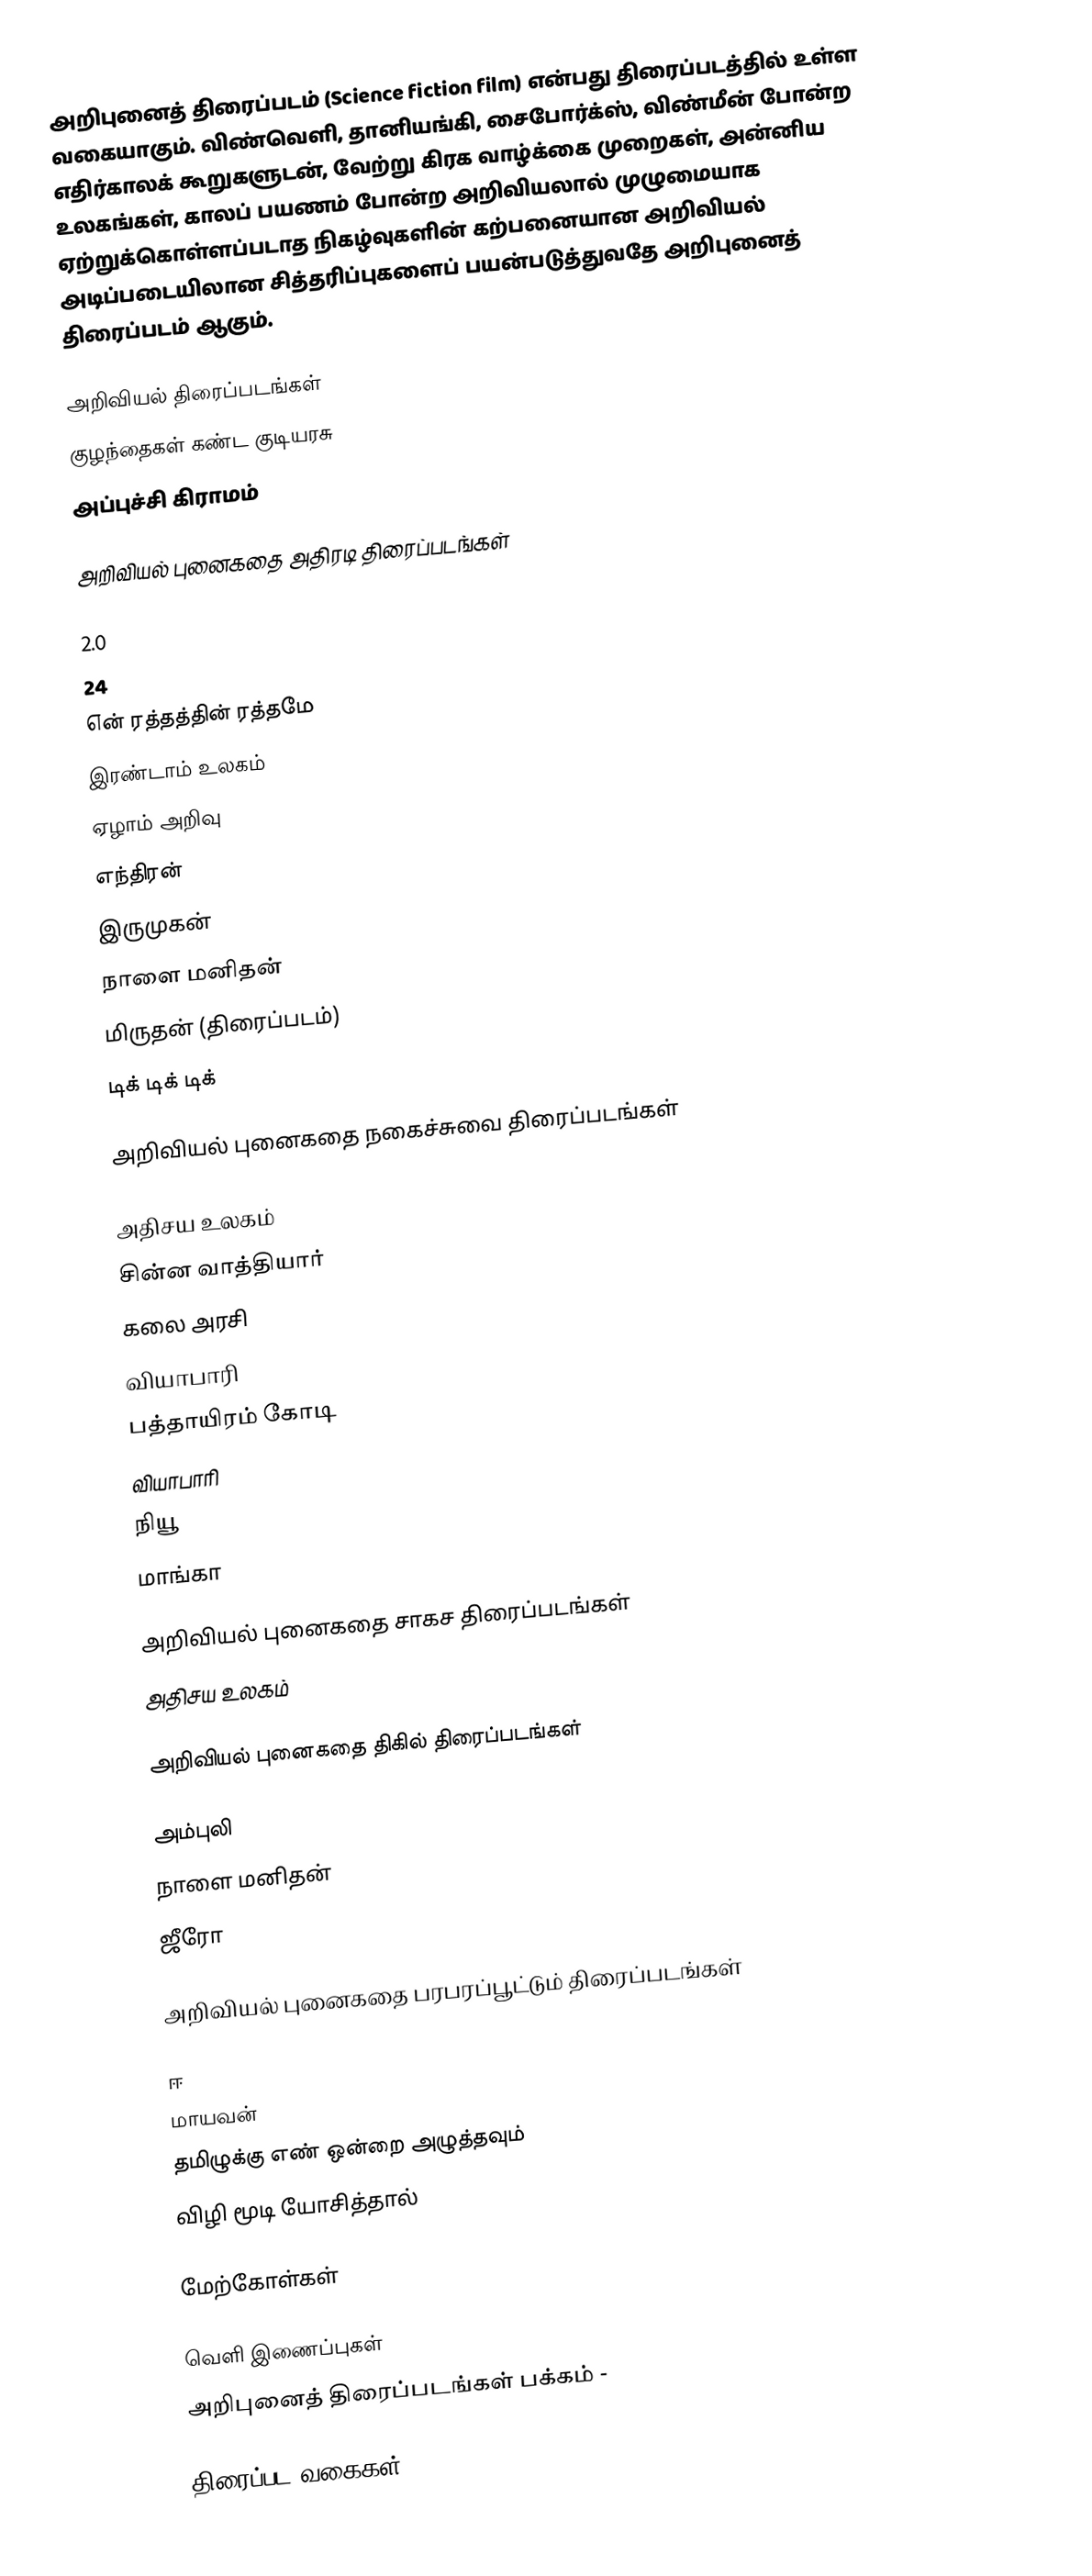
அறிபுனைத் திரைப்படம் (Science fiction film) என்பது திரைப்படத்தில் உள்ள வகையாகும். விண்வெளி, தானியங்கி, சைபோர்க்ஸ், விண்மீன் போன்ற எதிர்காலக் கூறுகளுடன், வேற்று கிரக வாழ்க்கை முறைகள், அன்னிய உலகங்கள், காலப் பயணம் போன்ற அறிவியலால் முழுமையாக ஏற்றுக்கொள்ளப்படாத நிகழ்வுகளின் கற்பனையான அறிவியல் அடிப்படையிலான சித்தரிப்புகளைப் பயன்படுத்துவதே  அறிபுனைத் திரைப்படம் ஆகும்.

அறிவியல் திரைப்படங்கள்
 குழந்தைகள் கண்ட குடியரசு
 அப்புச்சி கிராமம்

அறிவியல் புனைகதை அதிரடி திரைப்படங்கள்

 2.0
 24
 ௭ன் ரத்தத்தின் ரத்தமே
 இரண்டாம் உலகம்
 ஏழாம் அறிவு
 எந்திரன்
 இருமுகன்
 நாளை மனிதன்
 மிருதன் (திரைப்படம்)
 டிக் டிக் டிக்

அறிவியல் புனைகதை நகைச்சுவை திரைப்படங்கள்

 அதிசய உலகம்
 சின்ன வாத்தியார்
 கலை அரசி
 வியாபாரி
 பத்தாயிரம் கோடி
 வியாபாரி
 நியூ
 மாங்கா

அறிவியல் புனைகதை சாகச திரைப்படங்கள்
 அதிசய உலகம்

அறிவியல் புனைகதை திகில் திரைப்படங்கள்

 அம்புலி
 நாளை மனிதன்
 ஜீரோ

அறிவியல் புனைகதை பரபரப்பூட்டும் திரைப்படங்கள்

 ஈ
 மாயவன்
 தமிழுக்கு எண் ஒன்றை அழுத்தவும்
 விழி மூடி யோசித்தால்

மேற்கோள்கள்

வெளி இணைப்புகள்
 அறிபுனைத் திரைப்படங்கள் பக்கம் -

திரைப்பட வகைகள்